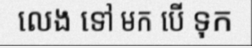
លេង ទៅ មក បើ ទុក